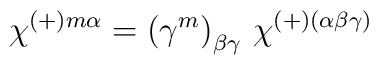
\chi^{(+)m \alpha} =\left( \gamma^m \right)_{\beta\gamma}\, \chi^{(+)(\alpha\beta\gamma)}